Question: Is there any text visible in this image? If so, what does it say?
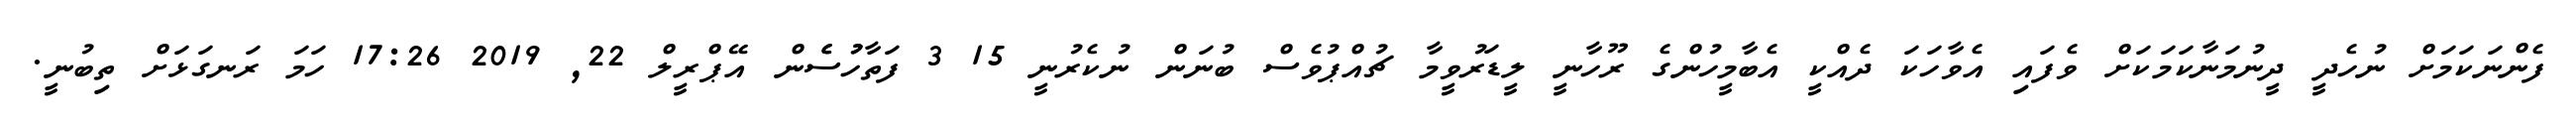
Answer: ފެންނަކަމަށް ނުހެދީ ދީނުމަނާކަމަކަށް ވެފައި އެވާހަކަ ދެއްކީ އެބާމީހުންގެ ރޫހާނީ ލީޑަރުވީމާ ޗުއްޕުވެސް ބުނަން ނުކެރުނީ 15 3 ފަތާހުުސެެން އޭޕްރީލް 22, 2019 17:26 ހަމަ ރަނގަޅަށް ތިބުނީ.